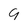
Character: 9